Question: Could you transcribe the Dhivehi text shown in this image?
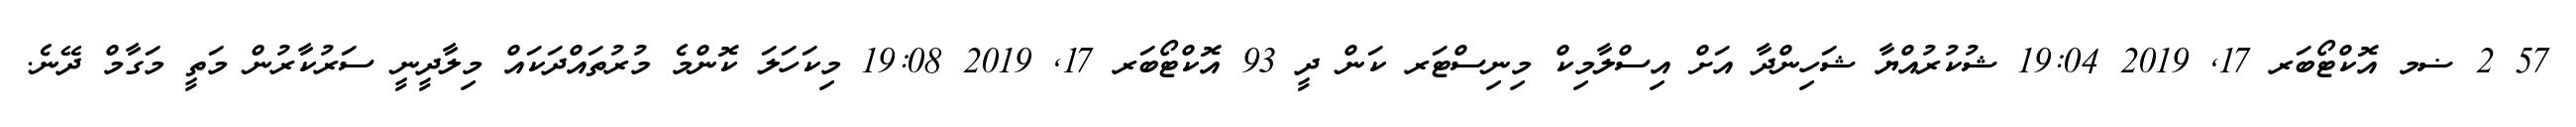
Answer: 57 2 ޟމ އޮކްޓޯބަރ 17, 2019 19:04 ޝުކުރުއްޔާ ޝަހިންދާ އަށް އިސްލާމިކް މިނިސްޓަރ ކަން ދީ 93 އޮކްޓޯބަރ 17, 2019 19:08 މިކަހަލަ ކޮންމެ މުރުތައްދަކައް މިލާދީނީ ސަރުކާރުން މަތީ މަގާމް ދޭނެ.